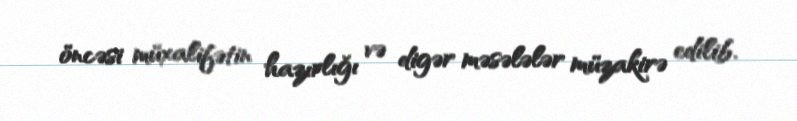
öncəsi müxalifətin hazırlığı və digər məsələlər müzakirə edilib.